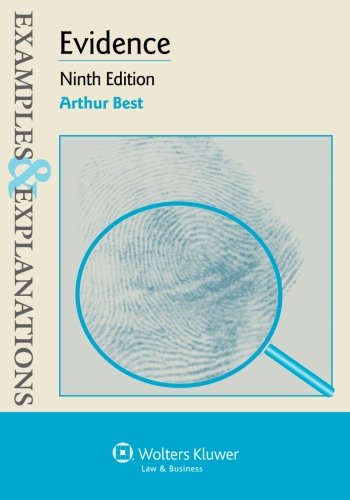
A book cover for Examples & Explanations: Evidence; Arthur Best; Law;